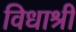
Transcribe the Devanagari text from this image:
विधाश्री